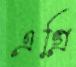
এগ্রি